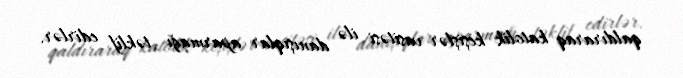
qaldıraraq katolik keşişlər vasitəsi ilə danışıqlar aparmağı təklif edirlər.